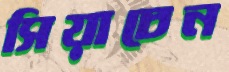
সিয়াচেন